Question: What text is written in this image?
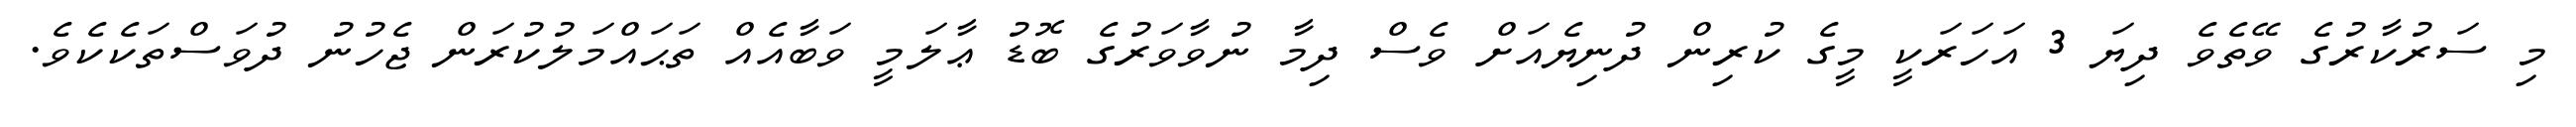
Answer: މި ސަރުކާރުގެ ވޭތެވެ ދިޔަ 3 އަހަރަކީ މީގެ ކުރިން ދުނިޔެއަށް ވެސް ދިމާ ނުވާވަރުގެ ބޮޑު ޢާލަމީ ވަބާއެއް ތަޙައްމަލުކުރަން ޖެހުނު ދުވަސްތަކެކެވެ.